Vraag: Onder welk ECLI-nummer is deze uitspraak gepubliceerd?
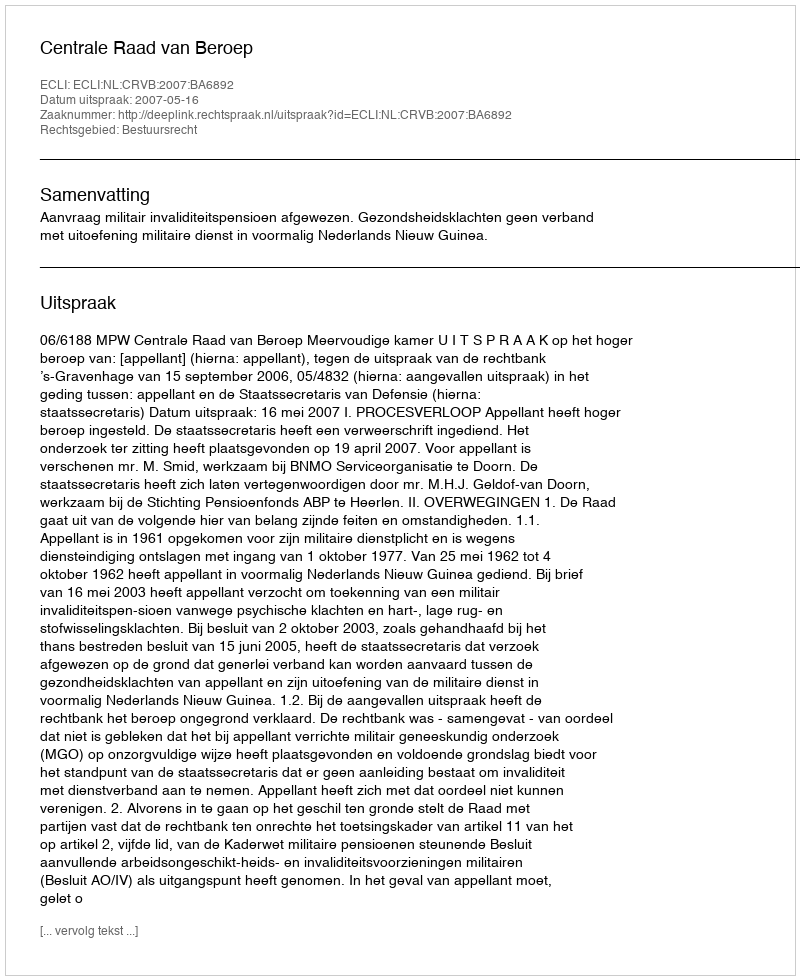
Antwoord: ECLI:NL:CRVB:2007:BA6892